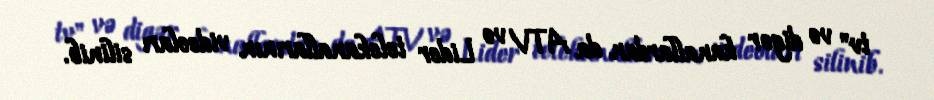
tv" və digər kanallardan da ATV və Lider telekanallarının videoları silinib.